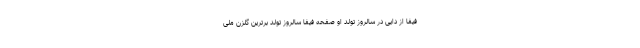
فیفا از دایی در سالروز تولد او صفحه فیفا سالروز تولد برترین گلزن ملی